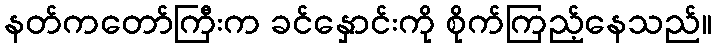
နတ်ကတော်ကြီးက ခင်နှောင်းကို စိုက်ကြည့်နေသည်။